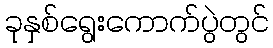
ခုနှစ်ရွေးကောက်ပွဲတွင်